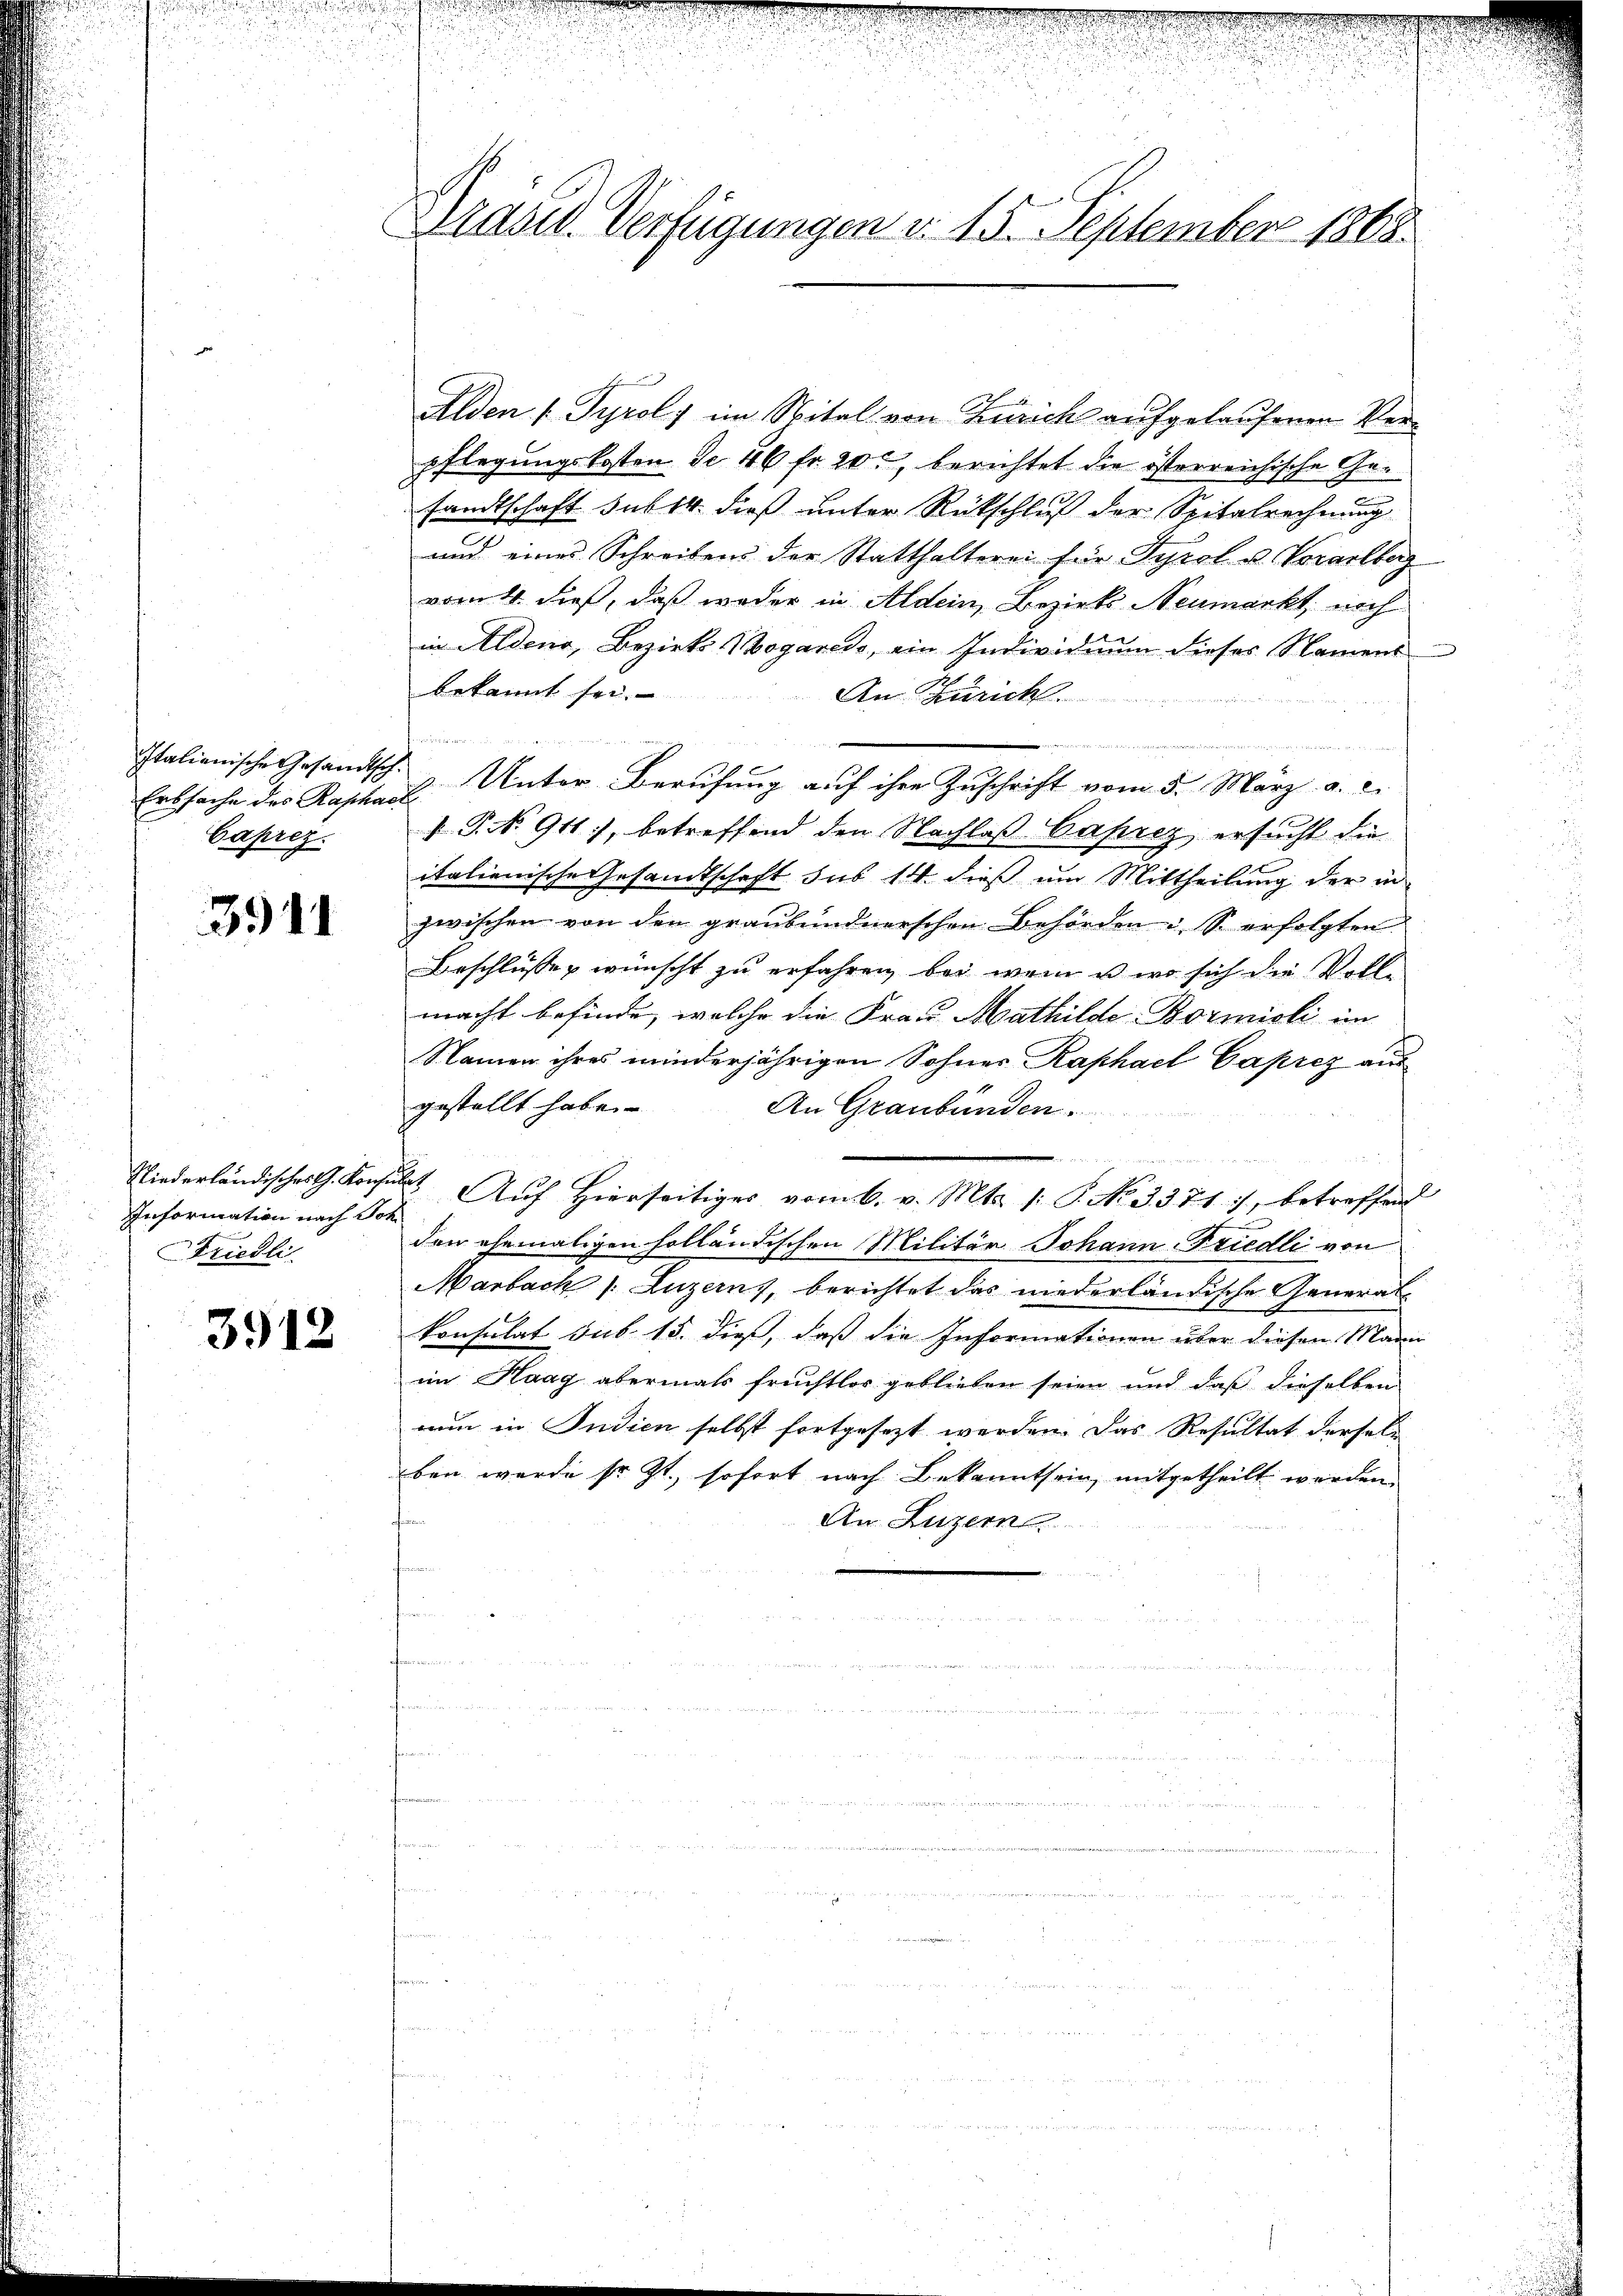
Erssache des Raphack
Caprez.

3941

Information nach Joh
Friedli

3912

Präsid. Verfügungen v. 15. September 1865.

Alden v. Tyrol, im Nitel von Zürich aufgelaufenen Verpflegungskosten de 16 fr. 20, berichtet die österreichische Gesandtschaft sub 14. dieß unter Rückschluß der Spitalrechnung
und eines Schreibens der Statthalterei für Tyrol u. Vorarlberg
vom 4. dieß, daß weder in Aldein, Bezirks Neumarkt, noch
in Aldena, Bezirks-Mogaredo, ein Individuum dieses Namens
bekannt sei.
An Zürich.
  124
e
Italienische Gesandtsch. Unter Berufung aŭf ihre Zuschrift vom 5. März a. c.
F. P. Nr. 941), betreffend den Nachlaß Caprez ersucht die
italienische Gesandtschaft aus 14. dieß um Mittheilung der in
zwischen von den graubündnerschen Behörden S. erfolgten
Beschlüsse wünscht zu erfahren, bei wenn u. wo sich die Vollmacht befinde, welche die Frau Mathilde-Bormieli im
Namen ihres minderjährigen Sohnes Raphael Caprez ausgestellt habe.
An Graubünden.
au
Niederländisches G. Konsuls Aŭf Hierseitiges vom 6. v. Mts. 1: P. No. 3371, betreffen
den ehemaligen holländischen Militär Johann-Friedli von
Marbach /: Luzerns, berichtet das niederländische General-
konsulat sub 15. dieß, daß die Informationen über diesen Mann
im Haag abermals fruchtlos geblieben seien und daß dieselben
nun in Indien selbst fortgesezt werden. Das Resultat dersele
ben wurde sr. Zt., sofort nach Bekanntsein, mitgetheilt werden
ofanen
An Luzern.